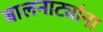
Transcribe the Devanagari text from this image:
बालनाट्यांना